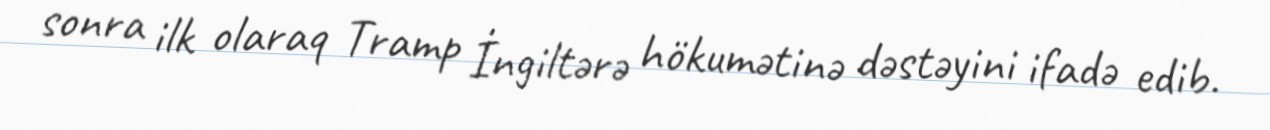
sonra ilk olaraq Tramp İngiltərə hökumətinə dəstəyini ifadə edib.